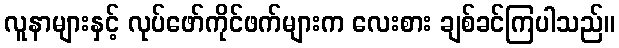
လူနာများနှင့် လုပ်ဖော်ကိုင်ဖက်များက လေးစား ချစ်ခင်ကြပါသည်။